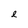
Character: e